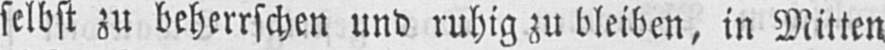
selbst zu beherrschen und ruhig zu bleiben, in Mitten